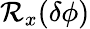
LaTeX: \mathcal{R}_{x}(\delta\phi)